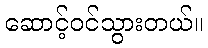
ဆောင့်ဝင်သွားတယ်။